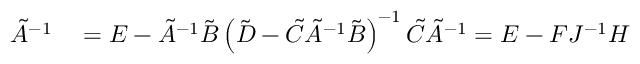
\begin{array} { r l } { \tilde { A } ^ { - 1 } } & { { } = E - \tilde { A } ^ { - 1 } \tilde { B } \left( \tilde { D } - \tilde { C } \tilde { A } ^ { - 1 } \tilde { B } \right) ^ { - 1 } \tilde { C } \tilde { A } ^ { - 1 } = E - F J ^ { - 1 } H } \end{array}